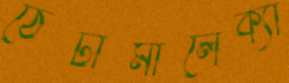
ঠেটামালেক্যা